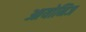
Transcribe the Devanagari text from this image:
आयोनिज